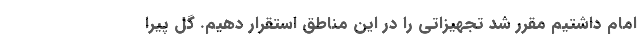
امام داشتیم مقرر شد تجهیزاتی را در این مناطق استقرار دهیم. گل پیرا